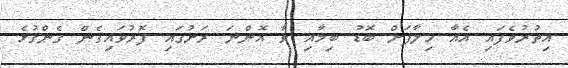
އިތުރުވެފައި އެއާ ހިލާފަށް ބޮޑު ބިމާއި ވާ އޮންނަ ރަށުގައި ފޮރުވައިގެން ގެންގުޅެ